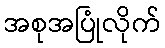
အစုအပြုံလိုက်